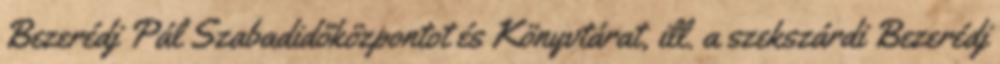
Bezerédj Pál Szabadidőközpontot és Könyvtárat, ill. a szekszárdi Bezerédj